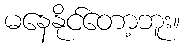
မနေနိုင်တော့ဘူး။